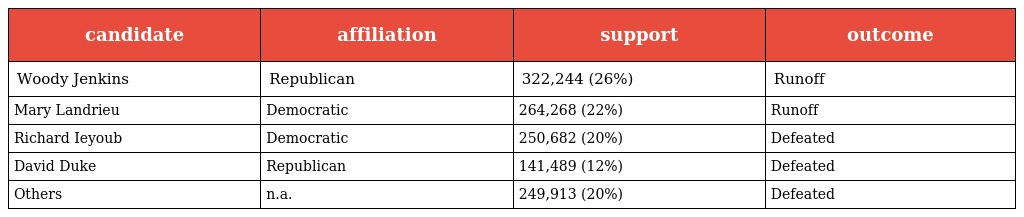
| candidate | affiliation | support | outcome |
 | --- | --- | --- | --- |
 | Woody Jenkins | Republican | 322,244 (26%) | Runoff |
 | Mary Landrieu | Democratic | 264,268 (22%) | Runoff |
 | Richard Ieyoub | Democratic | 250,682 (20%) | Defeated |
 | David Duke | Republican | 141,489 (12%) | Defeated |
 | Others | n.a. | 249,913 (20%) | Defeated |